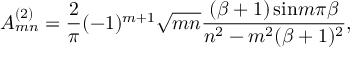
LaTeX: A _ { m n } ^ { ( 2 ) } = { \frac { 2 } { \pi } } ( - 1 ) ^ { m + 1 } \sqrt { m n } { \frac { ( \beta + 1 ) \, \mathrm { s i n } m \pi \beta } { n ^ { 2 } - m ^ { 2 } ( \beta + 1 ) ^ { 2 } } } ,